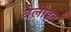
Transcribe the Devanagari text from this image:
बेलोइट